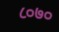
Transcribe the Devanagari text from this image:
८०७०